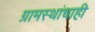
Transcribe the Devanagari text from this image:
ग्रामस्थांचाही